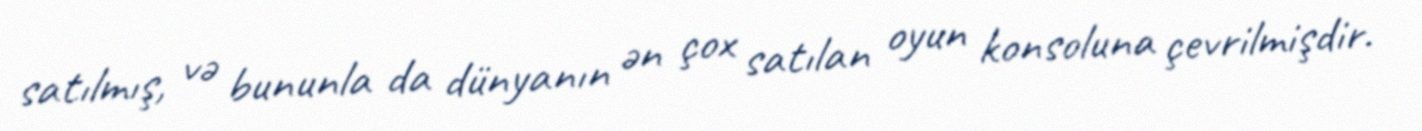
satılmış, və bununla da dünyanın ən çox satılan oyun konsoluna çevrilmişdir.